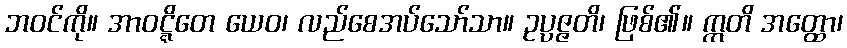
ဘဝင်ကို။ အာဝဋ္ဋိတေ ယေဝ၊ လည်စေအပ်သော်သာ။ ဥပ္ပဇ္ဇတိ၊ ဖြစ်၏။ ဣတိ အတ္ထော၊